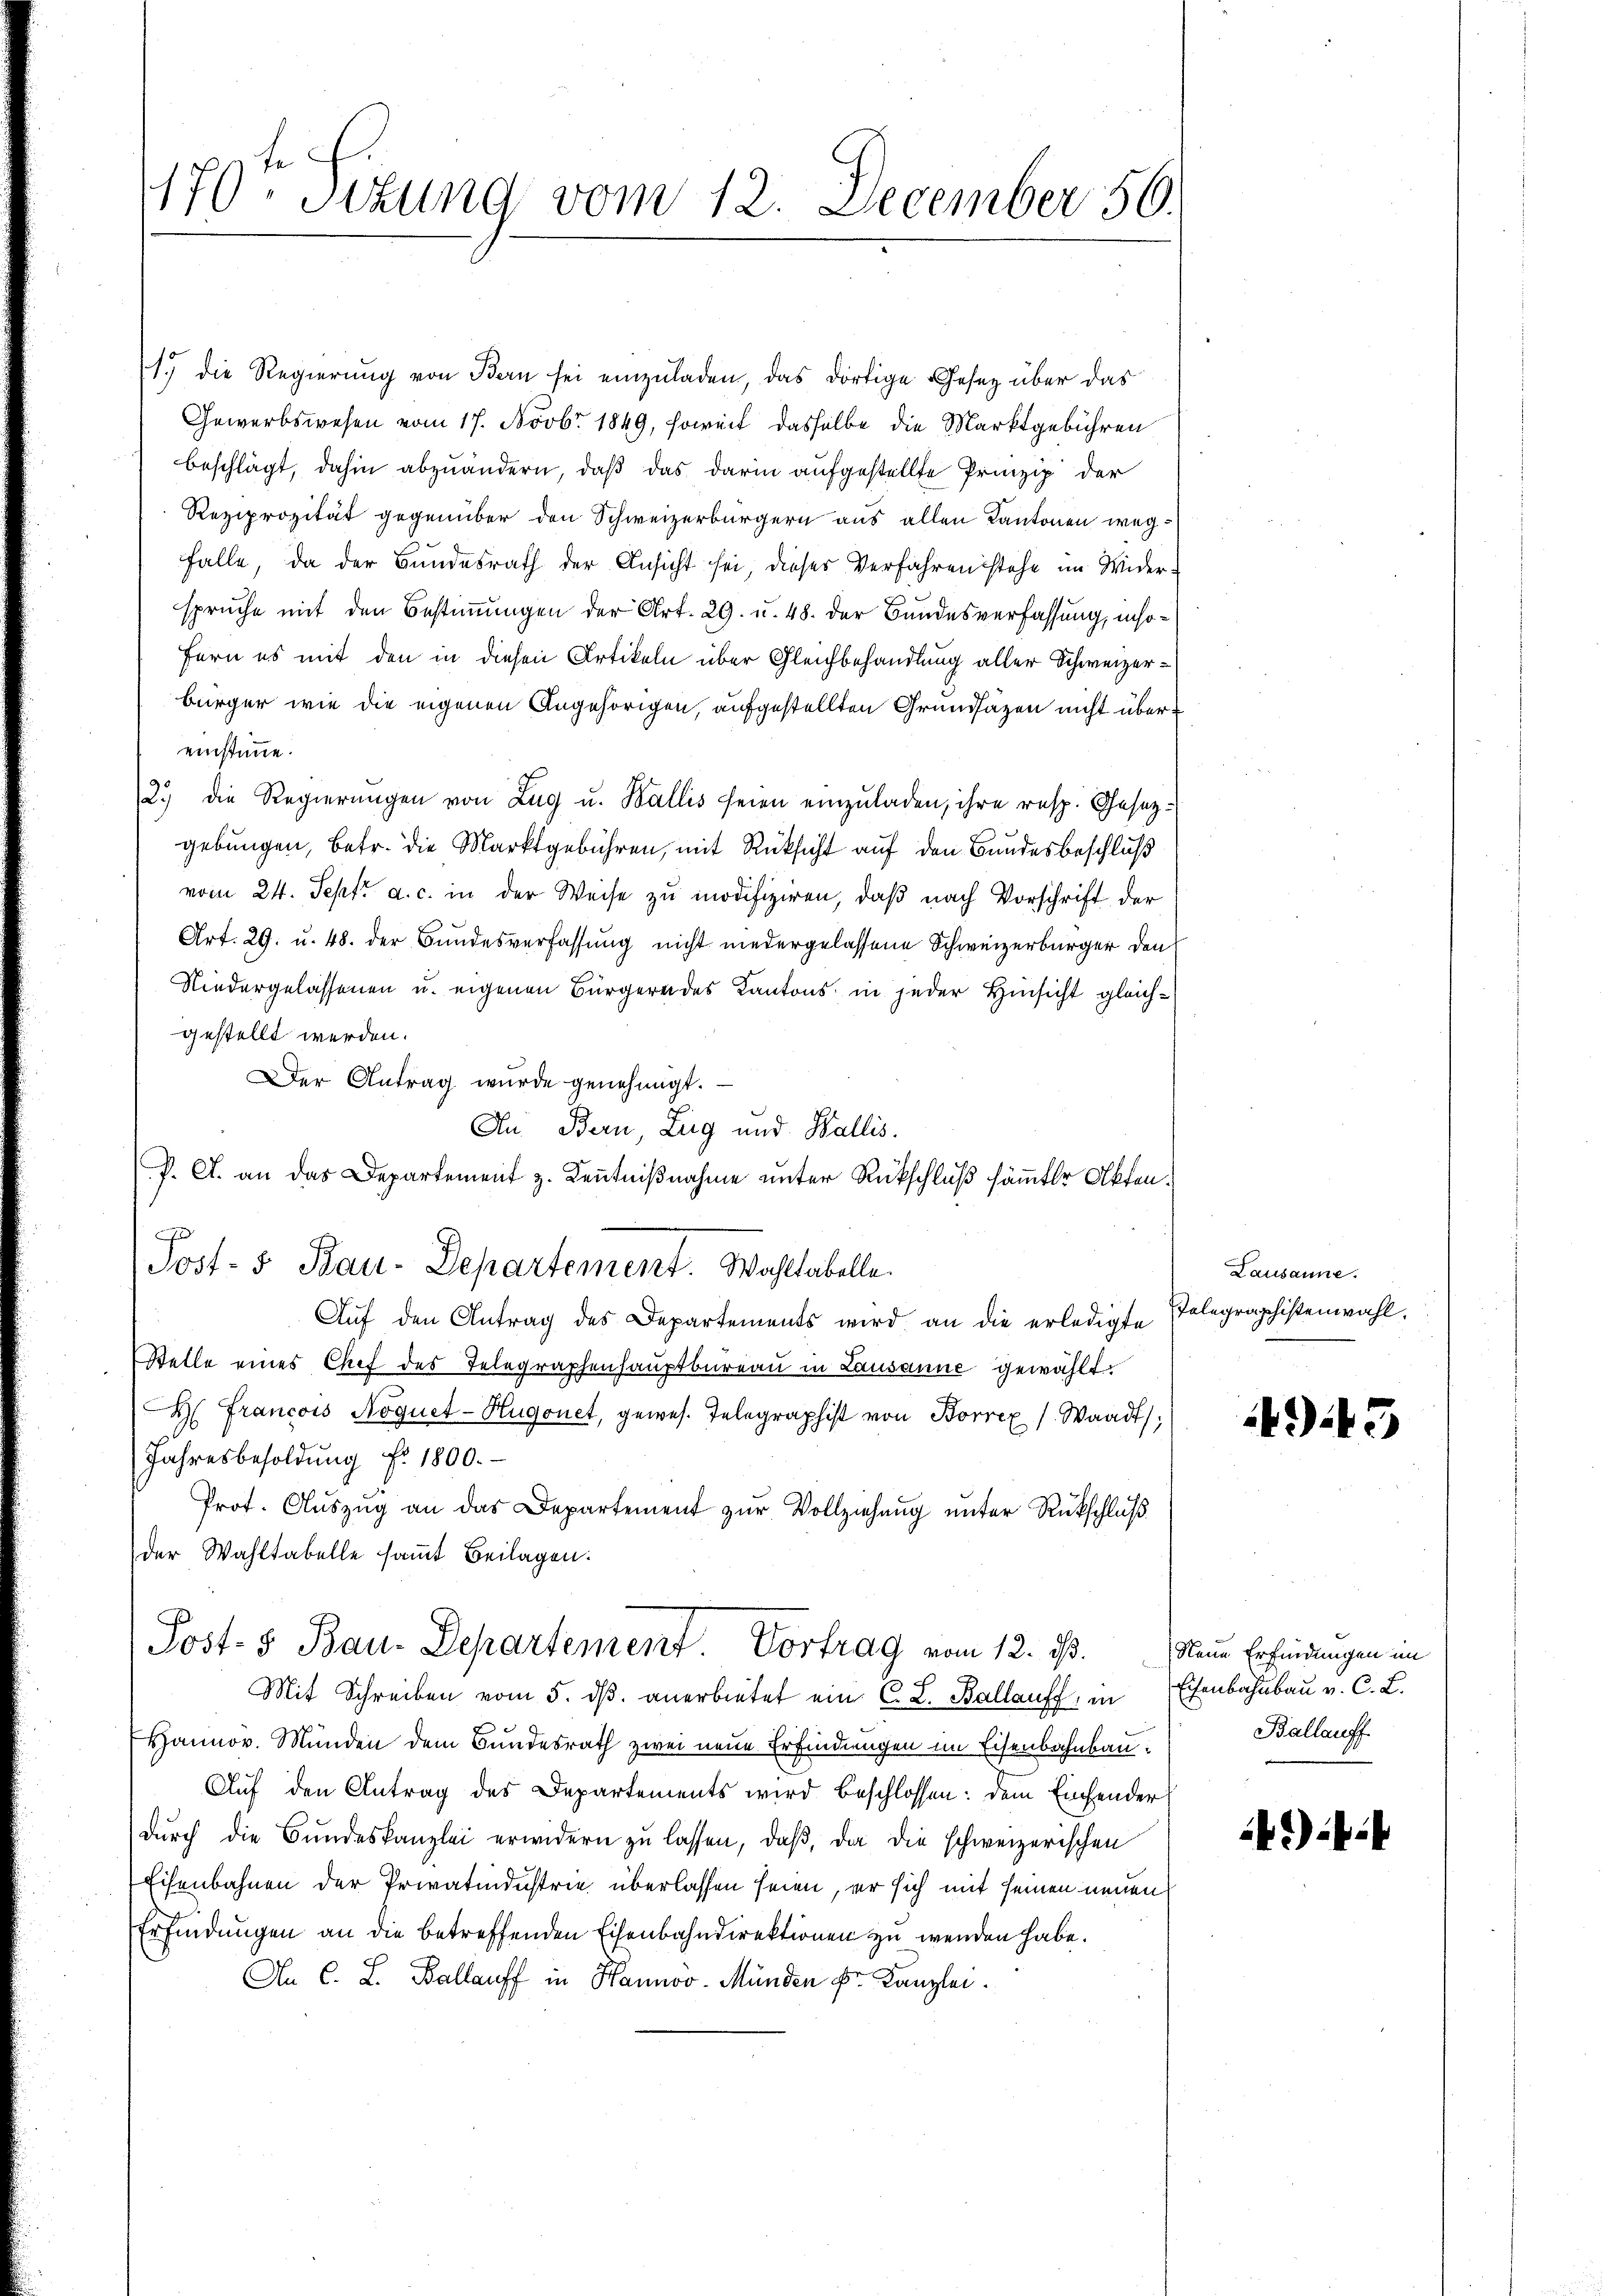
170 - Sizung vom 12. December 56.

1.) die Regierung von Bern sei einzuladen, das dortige Gesetz über das
Gewerbswesen vom 17. Novbr. 1849, soweit dasselbe die Marktgebühren
beschlägt, dahin abzuändern, daß das darin aufgestellte Prinzip der
Reziprozität gegenüber den Schweizerbürgern aus allen Kantonen wegfalle, da der Bundesrath der Ansicht sei, dieses Verfahren stehe im Widerspruche mit den Bestimmungen der Art. 29. u. 48. der Bundesverfassung, insofern es mit den in diesen Artikeln über Gleichbehandlung aller Schweizerbürger wie die eigenen Angehörigen, aufgestellten Grundsätzen nicht übereinstimme.
2.) die Regierŭngen von Zŭg u. Wallis seien einzŭladen, ihre resp. Gesetz-
gebungen, betr. die Marktgebühren, mit Rücksicht auf den Bundesbeschluß
vom 24. Sept. a. c. in der Weise zu modifiziren, daß nach Vorschrift der
Art. 29. u. 48. der Bundesverfassung nicht niedergelassene Schweizerbürger den
Niedergelassenen u. eigenen Bürgern des Kantons in jeder Hinsicht gleichgestellt werden.
Der Antrag wurde genehmigt.
An Bern, Zug und Wallis.
P. G. an das Departement z. Kenntnißnahme unter Rückschluß sämmtler Akten.
J
Post- & Bau-Departement. Wahltabelle
Aŭf den Antrag des Departements wird an die erledigte Telegraphistenwahl.
Stelle eines Chef des Telegraphenhauptbureau in Lausanne gewählt.
H. Francois Noquet-Hugonet, gewes. Telegraphist von Borrex (Waadt,
Jahresbesoldung fr. 1800.
Prof. Aŭszŭg an das Departement zŭr Vollziehung unter Rückschluß
der Wahltabelle samt Beilagen.
Post- & Bau-Departement. Vortrag vom 12. ist. Neue Erfindungen im
Mit Schreiben vom 5. dβ anerbietet ein C. L. Ballauff, in Eisenbahnbau v. C. L.
Hannov. Münden dem Bundesrath zwei neue Erfindungen im Eisenbahnbau.
Auf den Antrag des Departements wird beschlossen: dem Einsender
dŭrch die Bundeskanzlei erwidern zu lassen, daß, da die schweizerischen
Eisenbahnen der Privatindustrie überlassen seien, er sich mit seinen neuen
Erfindungen an die betreffenden Eisenbahndirektionen zu wenden habe.
An C. L. Ballauff in Hannov- Münden Fr. Kanzlei.

Lausanne.

495

Ballauff

*):